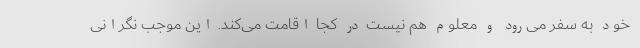
خود به سفر می‌رود و معلوم هم نیست در کجا اقامت می‌کند. این موجب نگرانی